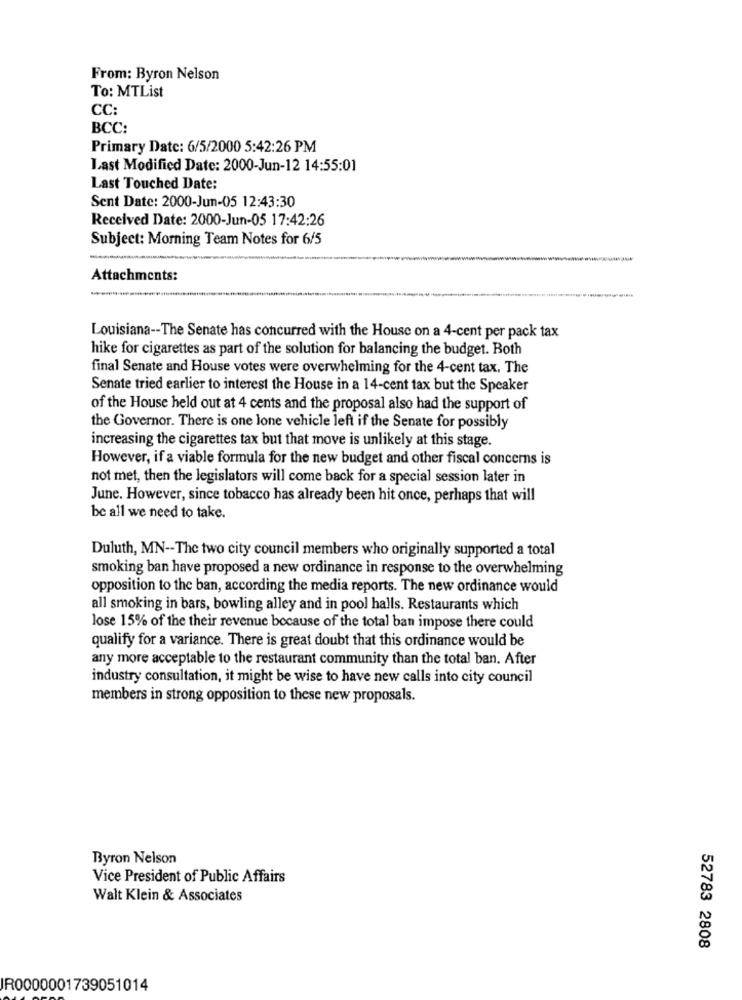
From: Byron Nelson
To: MTList
CC:
BCC:
Primary Date: 6/5/2000 5:42:26 PM
Last Modified Date: 2000-Jun-12 14:55:01
Last Touched Date:
Sent Date: 2000-Jun-05 12:43:30
Received Date: 2000-Jun-05 17:42:26
Subject: Morning Team Notes for 6/5
Attachments:
Louisiana -- The Senate has concurred with the House on a 4-cent per pack tax
hike for cigarettes as part of the solution for balancing the budget. Both
final Senate and House votes were overwhelming for the 4-cent tax. The
Senate tried earlier to interest the House in a 14-cent tax but the Speaker
of the House held out at 4 cents and the proposal also had the support of
the Governor. There is one lone vehicle left if the Senate for possibly
increasing the cigarettes tax but that move is unlikely at this stage.
However, if a viable formula for the new budget and other fiscal concerns is
not met, then the legislators will come back for a special session later in
June. However, since tobacco has already been hit once, perhaps that will
be all we need to take.
Duluth, MN -- The two city council members who originally supported a total
smoking ban have proposed a new ordinance in response to the overwhelming
opposition to the ban, according the media reports. The new ordinance would
all smoking in bars, bowling alley and in pool halls. Restaurants which
lose 15% of the their revenue because of the total ban impose there could
qualify for a variance. There is great doubt that this ordinance would be
any more acceptable to the restaurant community than the total ban. After
industry consultation, it might be wise to have new calls into city council
members in strong opposition to these new proposals.
Byron Nelson
Vice President of Public Affairs
Walt Klein & Associates
52783 2808
IR0000001739051014